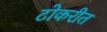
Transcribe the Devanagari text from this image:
टोकरीत